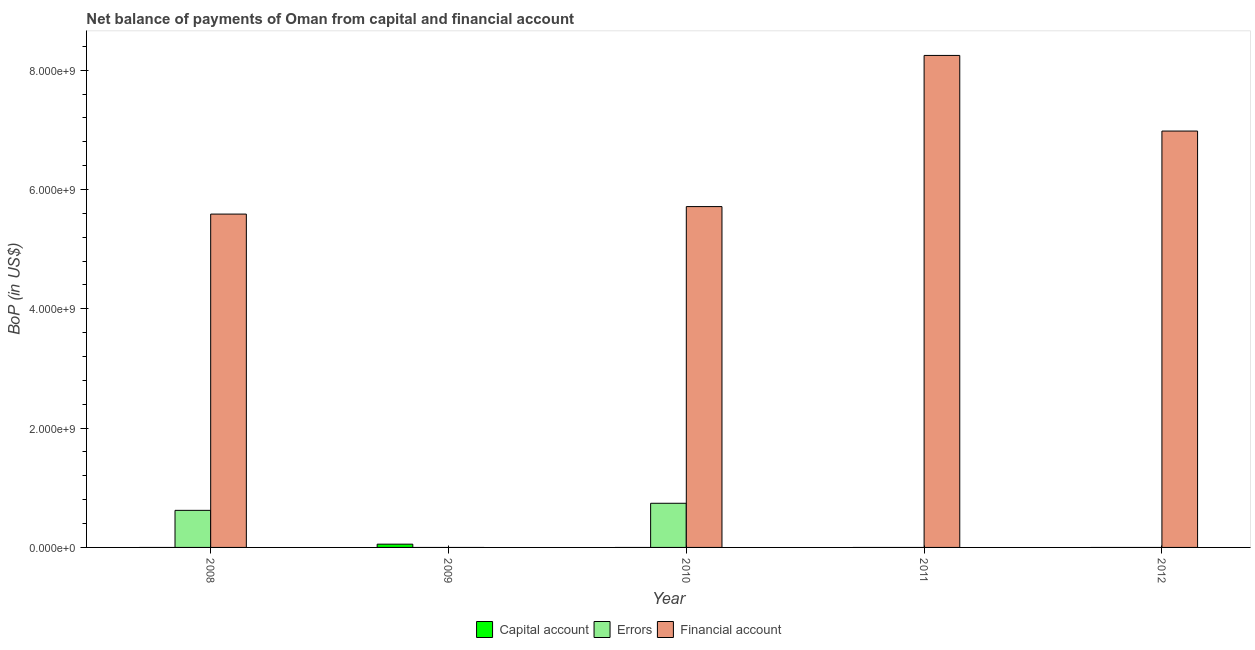
| Year | Capital account | Errors | Financial account |
 | --- | --- | --- | --- |
 | 2008 | -5.2e+07 | 6.22e+08 | 5.59e+09 |
 | 2009 | 5.46e+07 | -1.14e+09 | -1.59e+09 |
 | 2010 | -6.5e+07 | 7.4e+08 | 5.71e+09 |
 | 2011 | -1.45e+08 | -5.55e+08 | 8.25e+09 |
 | 2012 | -8.5e+07 | -7.33e+08 | 6.98e+09 |